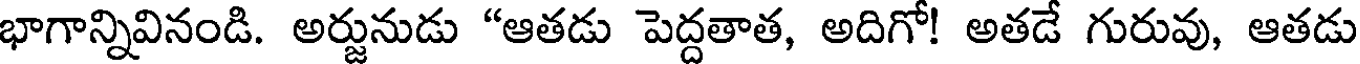
భాగాన్నివినండి. అర్జునుడు "ఆతడు పెద్దతాత, అదిగో! అతడే గురువు, ఆతడు